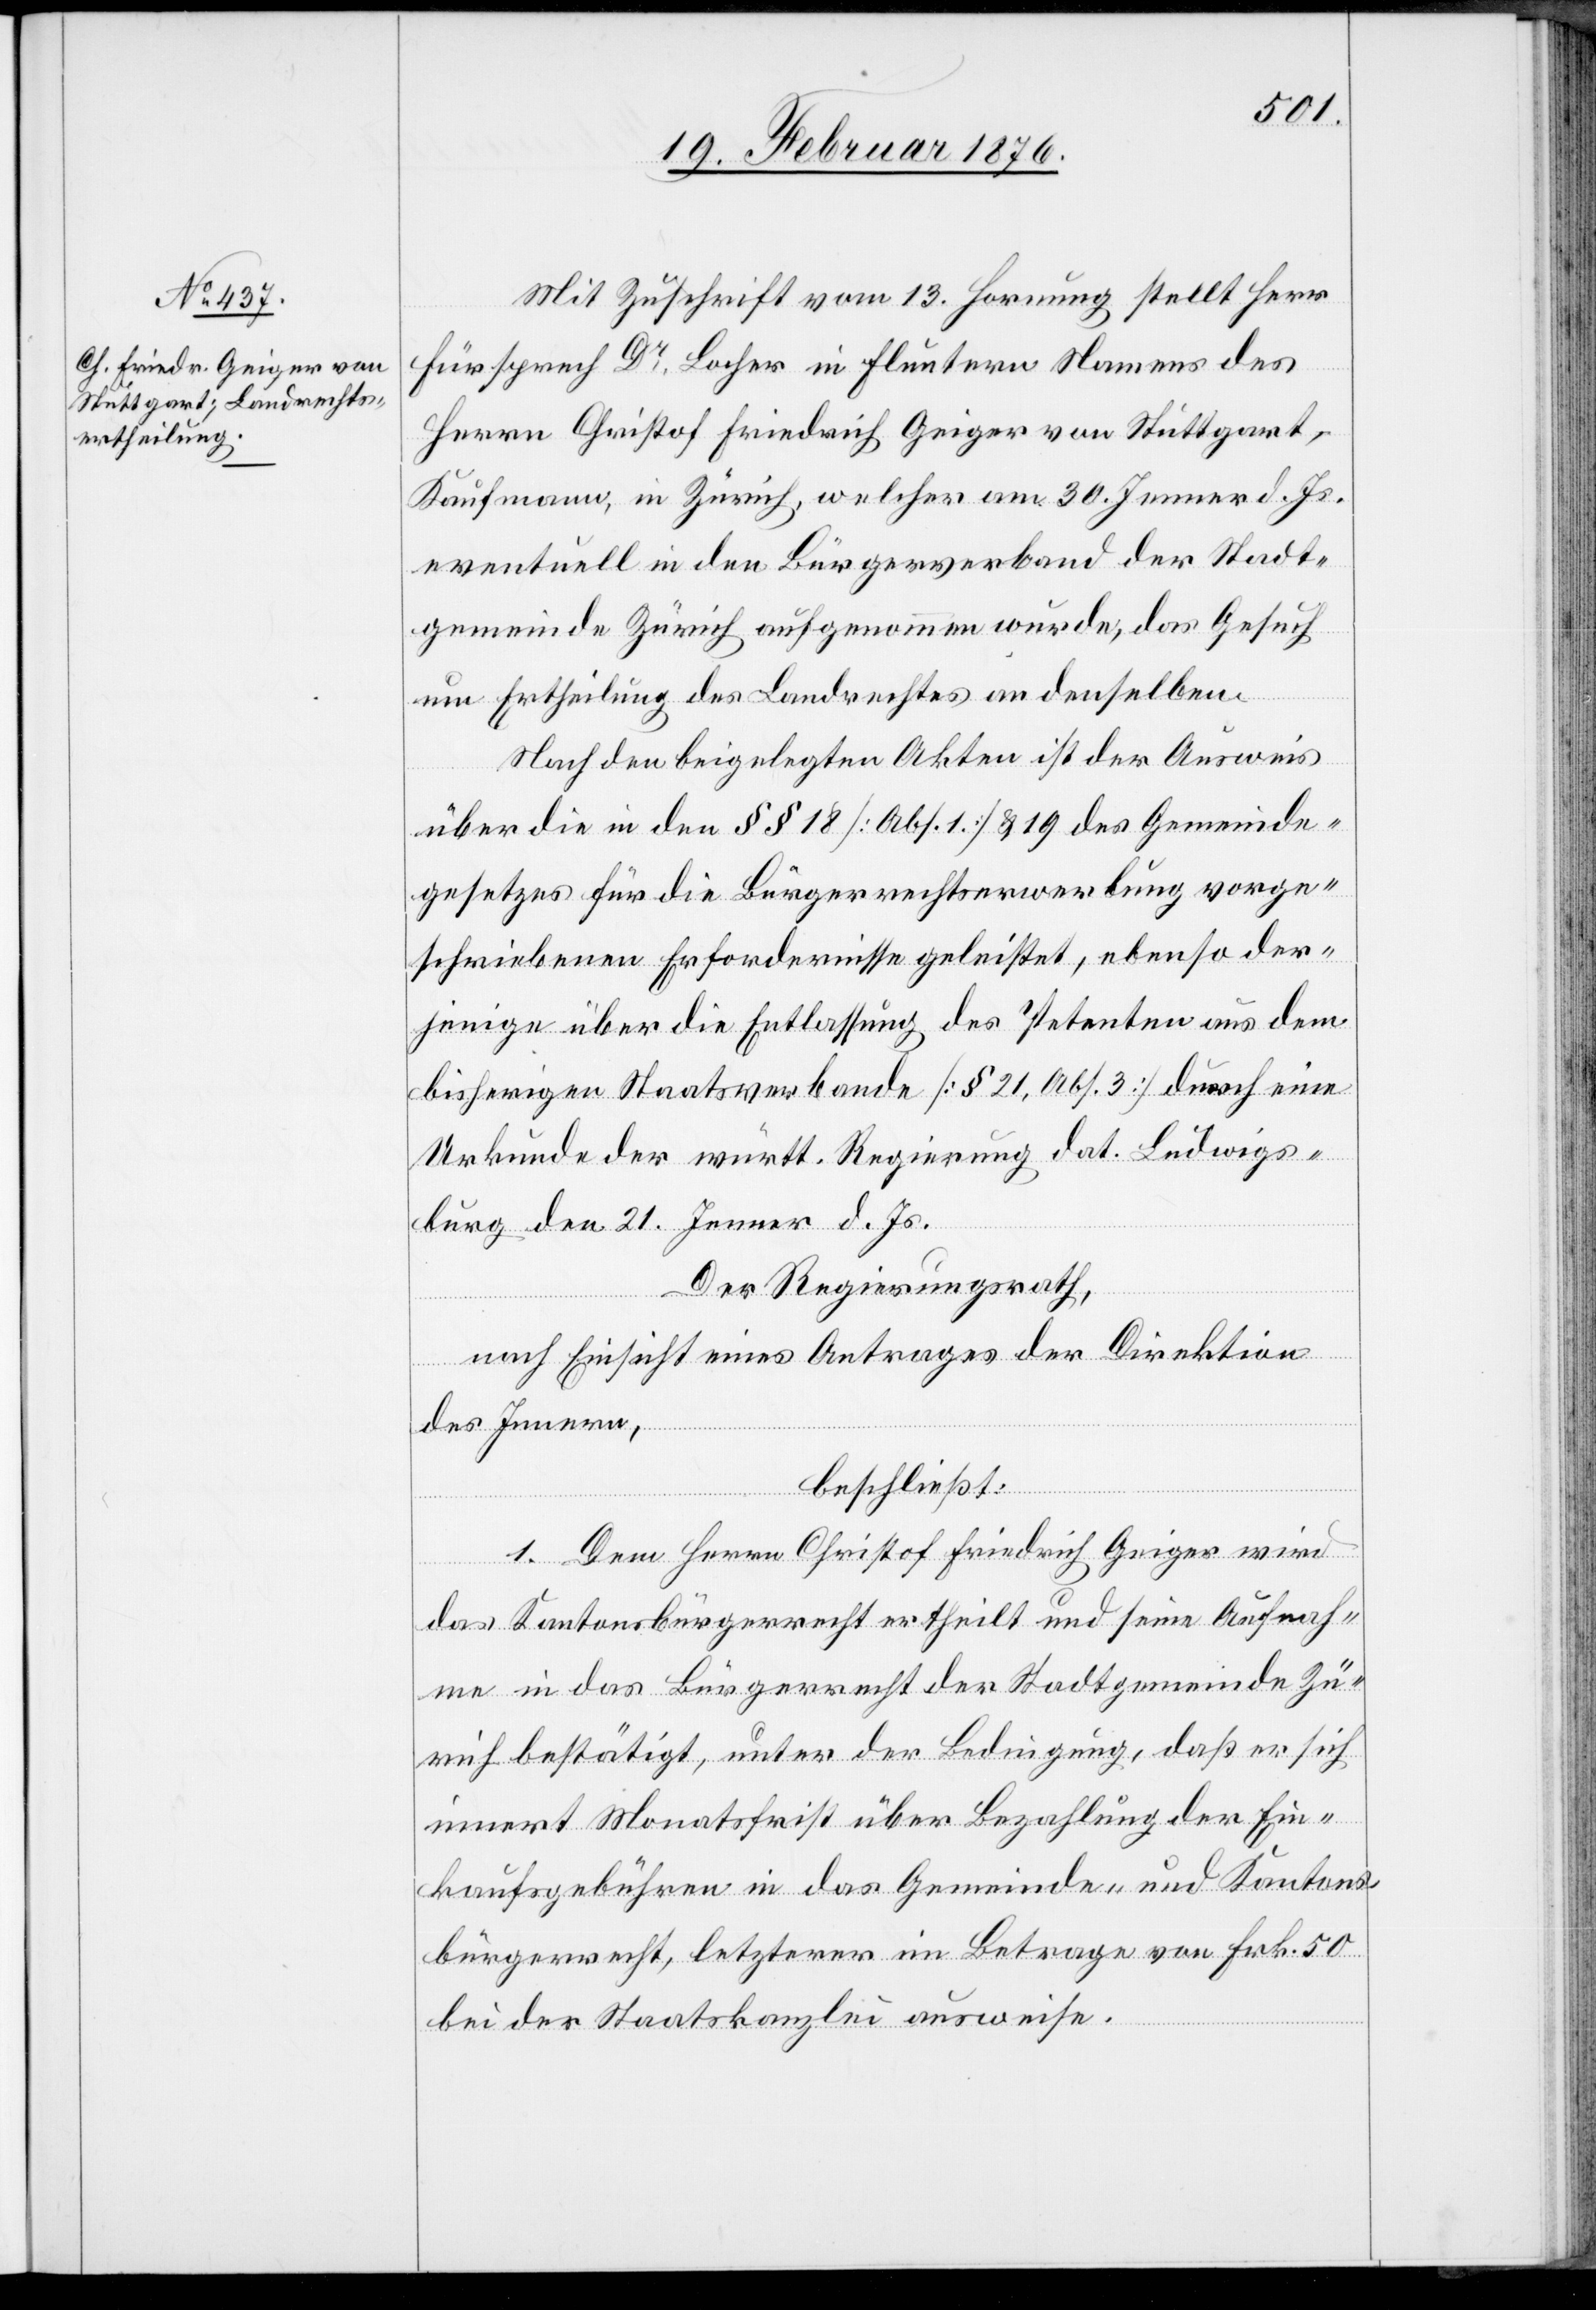
Mit Zuschrift vom 13. Hornung stellt Herr
Fürsprech Dr Locher in Fluntern Namens des
Herrn Christof Friedrich Geiger von Stuttgart,
Kaufmann, in Zürich, welcher am 30. Jenner d. Js.
eventuell in den Bürgerverband der Stadt¬
gemeinde Zürich aufgenommen wurde, das Gesuch
um Ertheilung des Landrechtes an denselben.
Nach den beigelegten Akten ist der Ausweis
über die in den §§ 18 [Abs. 1] & 19 des Gemeinde¬
gesetzes für die Bürgerrechtserwerbung vorge¬
schriebenen Erfordernisse geleistet, ebenso der¬
jenige über die Entlassung des Petenten aus dem
bisherigen Staatsverbande [§ 21, Abs. 3] durch eine
Urkunde der württ. Regierung dat. Ludwigs¬
burg den 21. Jenner d. Js.
Der Regierungsrath,
nach Einsicht eines Antrages der Direktion
des Innern,
beschließt:
1. Dem Herrn Christof Friedrich Geiger wird
das Kantonsbürgerrecht ertheilt und seine Aufnah¬
me in das Bürgerrecht der Stadtgemeinde Zü¬
rich bestätigt, unter der Bedingung, daß er sich
innert Monatsfrist über Bezahlung der Ein¬
kaufgebühren in das Gemeinde- und Kantons¬
bürgerrecht, letzterer im Betrage von Frk. 50
bei der Staatskanzlei ausweise.